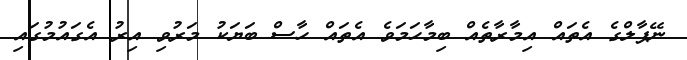
ނޭޕާލްގެ އެތައް އިމާރާތެއް ބިމާހަމަވެ އެތައް ހާސް ބަޔަކު މަރުވި އިރު އެގައުމުގައި